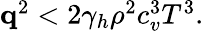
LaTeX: \begin{array}{r}{\mathbf q^{2}<2\gamma_{h}\rho^{2}c_{v}^{3}T^{3}.}\end{array}